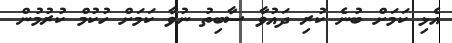
އެޅި ކަމަށް ބުނެ ކުރި ދައުވާ ސާބިތު ނުވާ ކަމަށް ހުކުމް ކުރުމުން